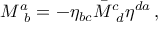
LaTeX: M _ { \, \, \, b } ^ { a } = - \eta _ { b c } \bar { M } _ { \, \, \, d } ^ { c } \eta ^ { d a } \, ,